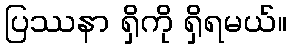
ပြဿနာ ရှိကို ရှိရမယ်။